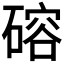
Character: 𪿮